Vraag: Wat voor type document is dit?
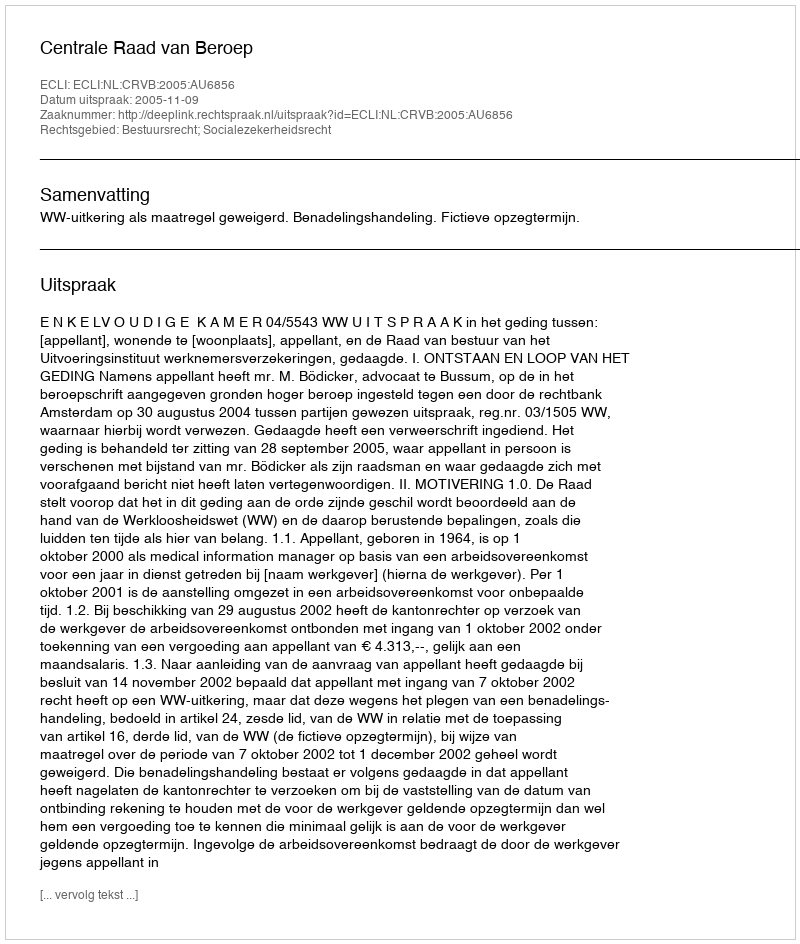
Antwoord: Uitspraak